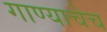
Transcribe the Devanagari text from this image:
गाण्याचेच